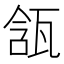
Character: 㼨